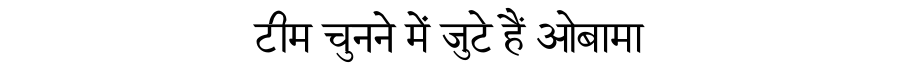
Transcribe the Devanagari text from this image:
टीम चुनने में जुटे हैं ओबामा